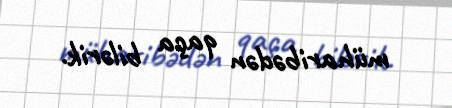
müharibədən qaça bilərik.